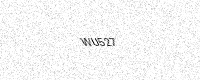
Text: WU527